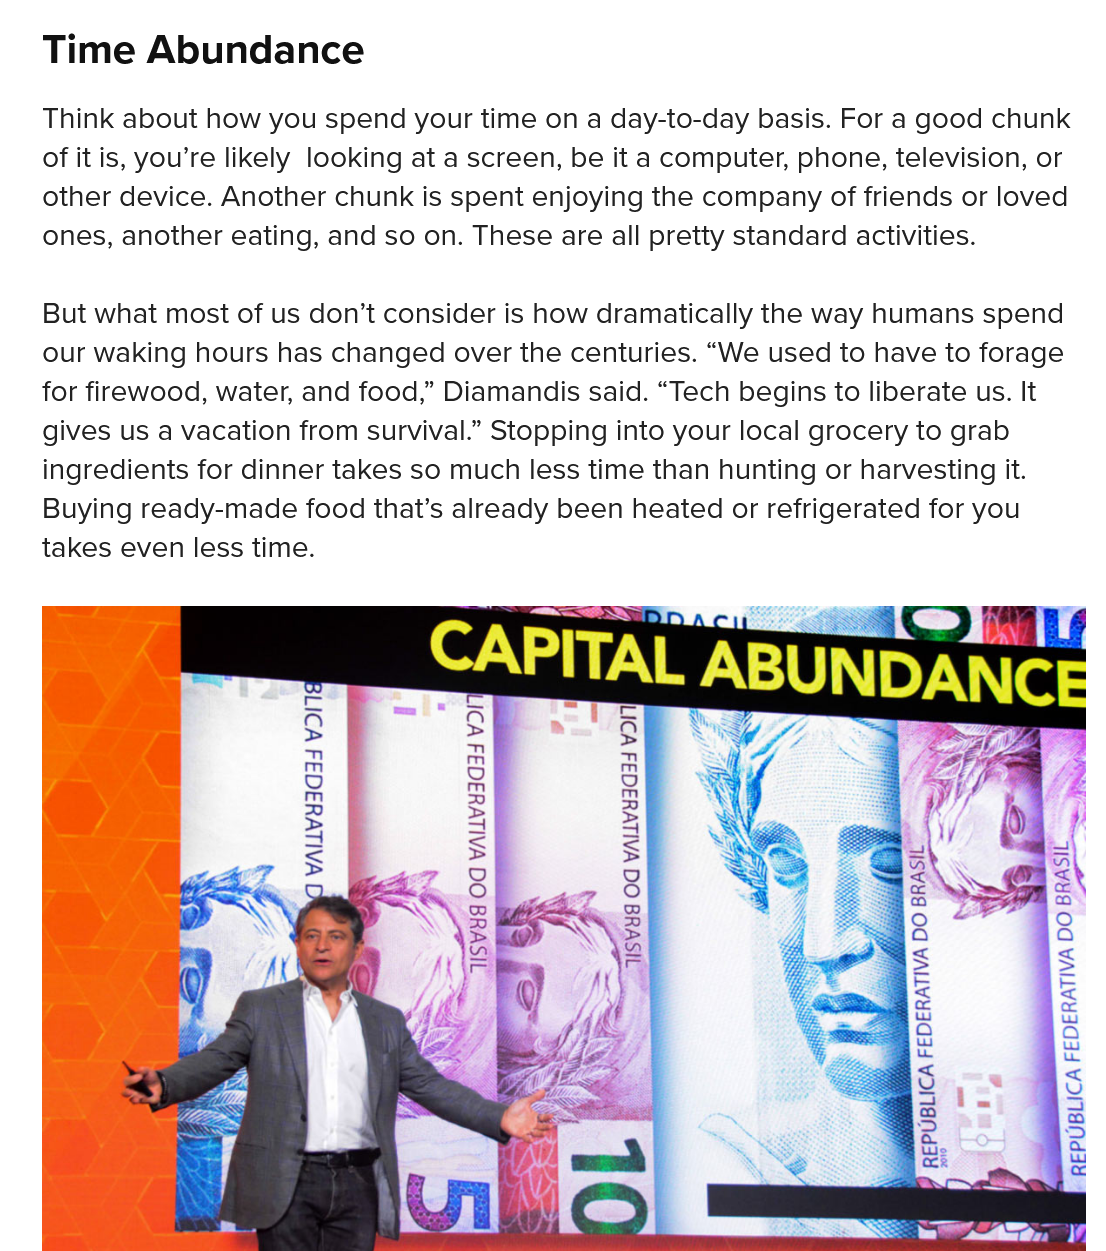
Think about how you spend your time on a day-to-day basis. For a good chunk
   of it is, you’re likely looking at a screen, be it a computer, phone, television, or
   other device. Another chunk is spent enjoying the company of friends or loved
   ones, another eating, and so on. These are all pretty standard activities.
   But what most of us don’t consider is how dramatically the way humans spend
   our waking hours has changed over the centuries. “We used to have to forage
   for firewood, water, and food,” Diamandis said. “Tech begins to liberate us. It
   gives us a vacation from survival.” Stopping into your local grocery to grab
   ingredients for dinner takes so much less time than hunting or harvesting it.
   Buying ready-made food that’s already been heated or refrigerated for you
   takes even less time.
     4
     OG
     WALLV4I034
     yoimanday TT
     LICA
     FEDERATI
   Time   Abundance